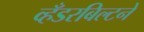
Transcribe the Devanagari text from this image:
व्हँडरबिल्टने